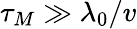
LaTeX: \tau_{M}\gg\lambda_{0}/v